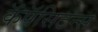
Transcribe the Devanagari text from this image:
कॅपॅसिटन्स